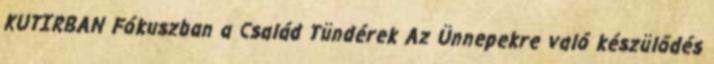
KUTIRBAN Fókuszban a Család Tündérek Az Ünnepekre való készülődés